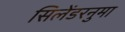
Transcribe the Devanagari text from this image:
सिलेंडरनुमा